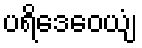
ပရိဒေဝေယျံ